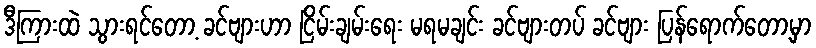
ဒီကြားထဲ သွားရင်တော့ ခင်ဗျားဟာ ငြိမ်းချမ်းရေး မရမချင်း ခင်ဗျားတပ် ခင်ဗျား ပြန်ရောက်တော့မှာ